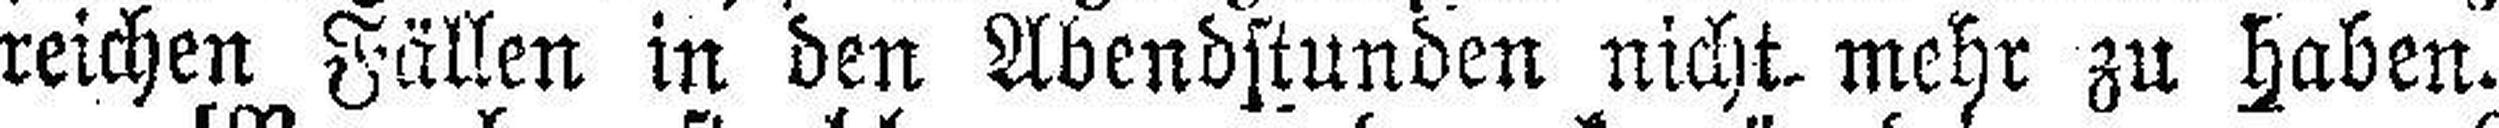
reichen Fällen in den Abendstunden nicht mehr zu haben.